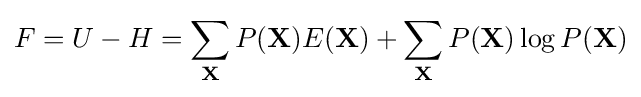
F=U-H=\sum _{\mathbf {X} }P(\mathbf {X} )E(\mathbf {X} )+\sum _{\mathbf {X} }P(\mathbf {X} )\log P(\mathbf {X} )